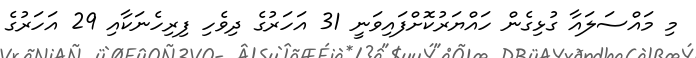
މި މައްސަލައާ ގުޅިގެން ހައްޔަރުކޮށްފައިވަނީ 31 އަހަރުގެ ދިވެހި ފިރިހެނަކާއި 29 އަހަރުގެ